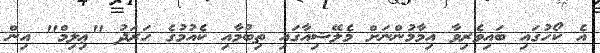
އެ ކޯހުގައި ބައިވެރިވާ އިމާމުންނަށް މެލޭޝިއާގައި ތިބުމާއި ކެއުމުގެ ހަރަދު "ޢިލިމް" އިން